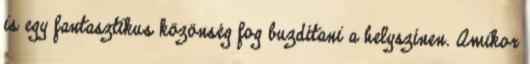
is egy fantasztikus közönség fog buzdítani a helyszínen. Amikor